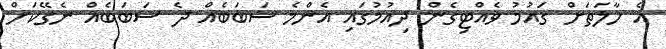
އެ ހާލަތަށް ގައުމު ވެއްޓިގެން ދިއުމުގައި އެންމެ ސަބަބެއް ދެ ސަބަބެއް ނެގޭކަށް